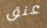
عنق